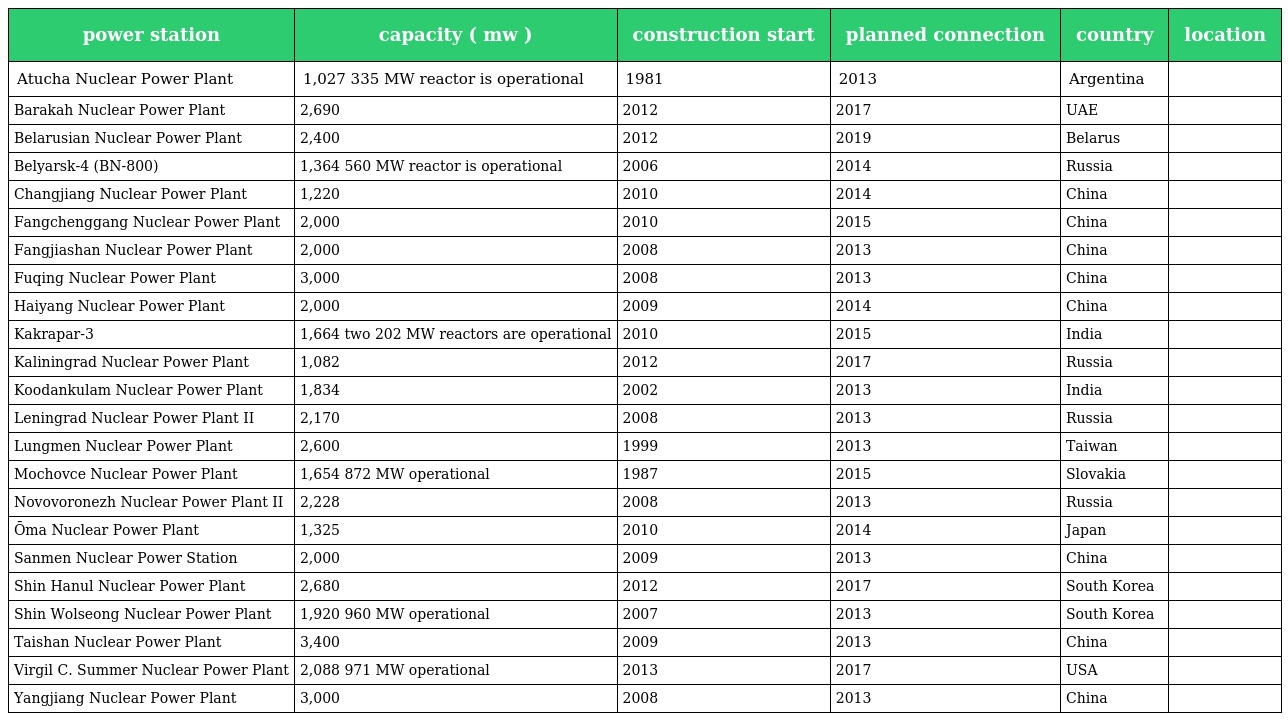
| power station | capacity ( mw ) | construction start | planned connection | country | location |
 | --- | --- | --- | --- | --- | --- |
 | Atucha Nuclear Power Plant | 1,027 335 MW reactor is operational | 1981 | 2013 | Argentina |  |
 | Barakah Nuclear Power Plant | 2,690 | 2012 | 2017 | UAE |  |
 | Belarusian Nuclear Power Plant | 2,400 | 2012 | 2019 | Belarus |  |
 | Belyarsk-4 (BN-800) | 1,364 560 MW reactor is operational | 2006 | 2014 | Russia |  |
 | Changjiang Nuclear Power Plant | 1,220 | 2010 | 2014 | China |  |
 | Fangchenggang Nuclear Power Plant | 2,000 | 2010 | 2015 | China |  |
 | Fangjiashan Nuclear Power Plant | 2,000 | 2008 | 2013 | China |  |
 | Fuqing Nuclear Power Plant | 3,000 | 2008 | 2013 | China |  |
 | Haiyang Nuclear Power Plant | 2,000 | 2009 | 2014 | China |  |
 | Kakrapar-3 | 1,664 two 202 MW reactors are operational | 2010 | 2015 | India |  |
 | Kaliningrad Nuclear Power Plant | 1,082 | 2012 | 2017 | Russia |  |
 | Koodankulam Nuclear Power Plant | 1,834 | 2002 | 2013 | India |  |
 | Leningrad Nuclear Power Plant II | 2,170 | 2008 | 2013 | Russia |  |
 | Lungmen Nuclear Power Plant | 2,600 | 1999 | 2013 | Taiwan |  |
 | Mochovce Nuclear Power Plant | 1,654 872 MW operational | 1987 | 2015 | Slovakia |  |
 | Novovoronezh Nuclear Power Plant II | 2,228 | 2008 | 2013 | Russia |  |
 | Ōma Nuclear Power Plant | 1,325 | 2010 | 2014 | Japan |  |
 | Sanmen Nuclear Power Station | 2,000 | 2009 | 2013 | China |  |
 | Shin Hanul Nuclear Power Plant | 2,680 | 2012 | 2017 | South Korea |  |
 | Shin Wolseong Nuclear Power Plant | 1,920 960 MW operational | 2007 | 2013 | South Korea |  |
 | Taishan Nuclear Power Plant | 3,400 | 2009 | 2013 | China |  |
 | Virgil C. Summer Nuclear Power Plant | 2,088 971 MW operational | 2013 | 2017 | USA |  |
 | Yangjiang Nuclear Power Plant | 3,000 | 2008 | 2013 | China |  |